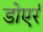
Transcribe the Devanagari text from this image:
डोएर्र